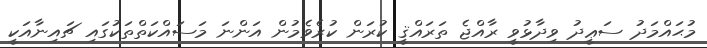
މުޙައްމަދު ސަޢީދު ވިދާޅުވީ ރާއްޖެ ތަރައްޤީ ކުރަން ކުރެވެމުން އަންނަ މަސައްކަތްތަކުގައި ޗައިނާއަކީ